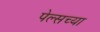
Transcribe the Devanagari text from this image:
पेल्सच्या